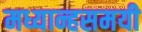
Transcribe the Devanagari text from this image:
मध्यान्हसमयी